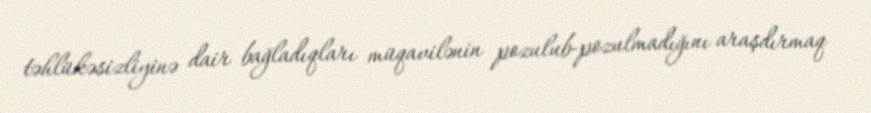
təhlükəsizliyinə dair bağladıqları müqavilənin pozulub-pozulmadığını araşdırmaq